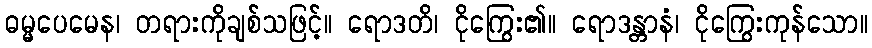
ဓမ္မပေမေန၊ တရားကိုချစ်သဖြင့်။ ရောဒတိ၊ ငိုကြွေး၏။ ရောဒန္တာနံ၊ ငိုကြွေးကုန်သော။